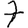
Digit: 7